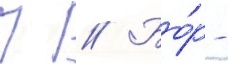
П // Бо́р -